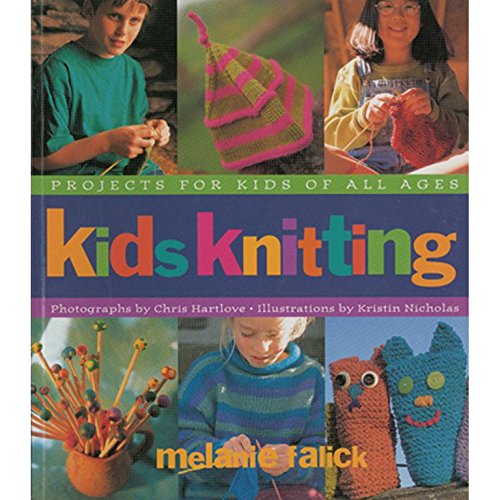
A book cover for Kids Knitting: Projects for Kids of all Ages; Melanie Falick; Crafts, Hobbies & Home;